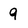
Character: 9